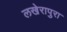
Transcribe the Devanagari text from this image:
लखेरापुरा